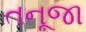
તનૂજા